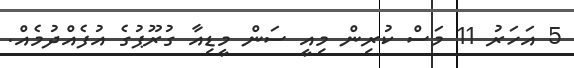
5 އަހަރު 11 މަސް ކުރިން މިއީ ސަން މީޑިއާ ގުރޫޕުގެ އުފެއްދުމެއް.